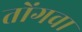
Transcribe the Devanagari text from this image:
तोंगवा